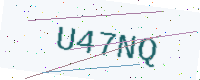
Text: U47NQ